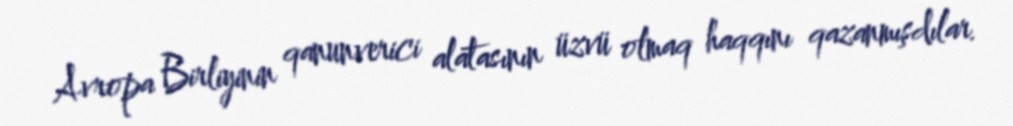
Avropa Birliyinin qanunverici alatasının üzvü olmaq haqqını qazanmışdılar.